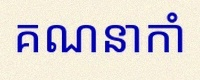
គណនាកាំ